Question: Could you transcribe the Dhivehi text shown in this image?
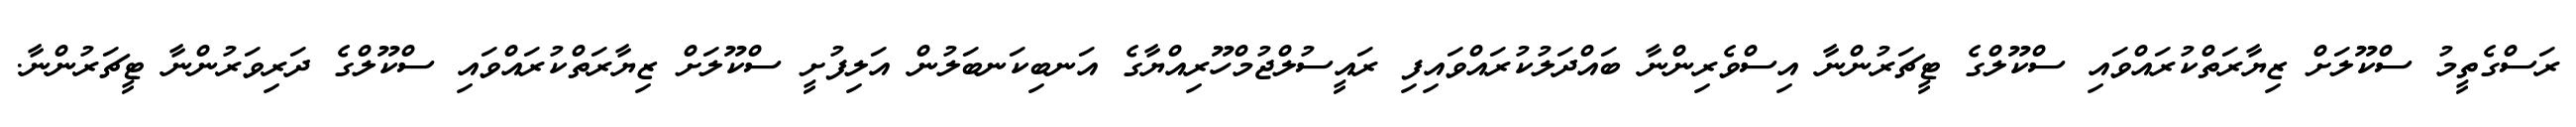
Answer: ރަސްގެތީމު ސްކޫލަށް ޒިޔާރަތްކުރައްވައި ސްކޫލްގެ ޓީޗަރުންނާ އިސްވެރިންނާ ބައްދަލުކުރައްވައިފި ރައީސުލްޖުމްހޫރިއްޔާގެ އަނބިކަނބަލުން އަލިފުށީ ސްކޫލަށް ޒިޔާރަތްކުރައްވައި ސްކޫލްގެ ދަރިވަރުންނާ ޓީޗަރުންނާ.